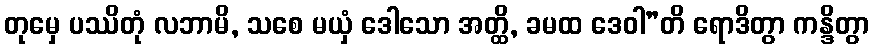
တုမှေ ပဿိတုံ လဘာမိ, သစေ မယှံ ဒေါသော အတ္ထိ, ခမထ ဒေဝါ”တိ ရောဒိတွာ ကန္ဒိတွာ